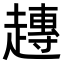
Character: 𧽢